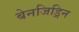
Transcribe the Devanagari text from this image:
बेनजिड्रिन